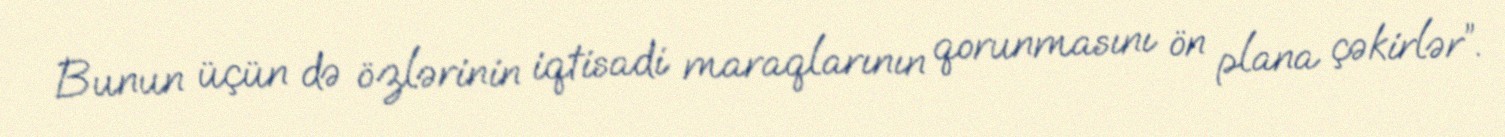
Bunun üçün də özlərinin iqtisadi maraqlarının qorunmasını ön plana çəkirlər”.